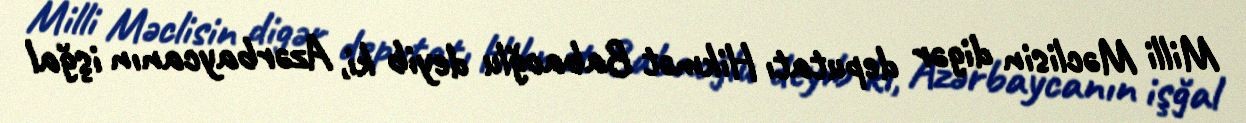
Milli Məclisin digər deputatı Hikmət Babaoğlu deyib ki, Azərbaycanın işğal